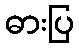
ဓားပြ